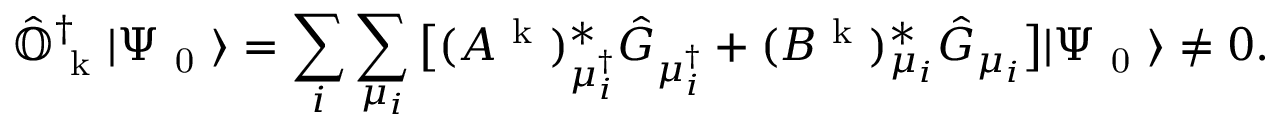
\hat { \mathbb { O } } _ { \mathrm { ~ k ~ } } ^ { \dagger } | \Psi _ { \mathrm { ~ 0 ~ } } \rangle = \sum _ { i } \sum _ { \mu _ { i } } \big [ ( A ^ { \mathrm { ~ k ~ } } ) _ { \mu _ { i } ^ { \dagger } } ^ { * } \hat { G } _ { \mu _ { i } ^ { \dagger } } + ( B ^ { \mathrm { ~ k ~ } } ) _ { \mu _ { i } } ^ { * } \hat { G } _ { \mu _ { i } } \big ] | \Psi _ { \mathrm { ~ 0 ~ } } \rangle \neq 0 .